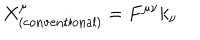
LaTeX: X _ { \mathrm { ( c o n v e n t i o n a l ) } } ^ { \mu } = F ^ { \mu \nu } k _ { \nu }